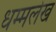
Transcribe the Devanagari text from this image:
धम्मलेख